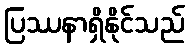
ပြဿနာရှိနိုင်သည်